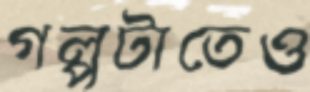
গল্পটাতেও